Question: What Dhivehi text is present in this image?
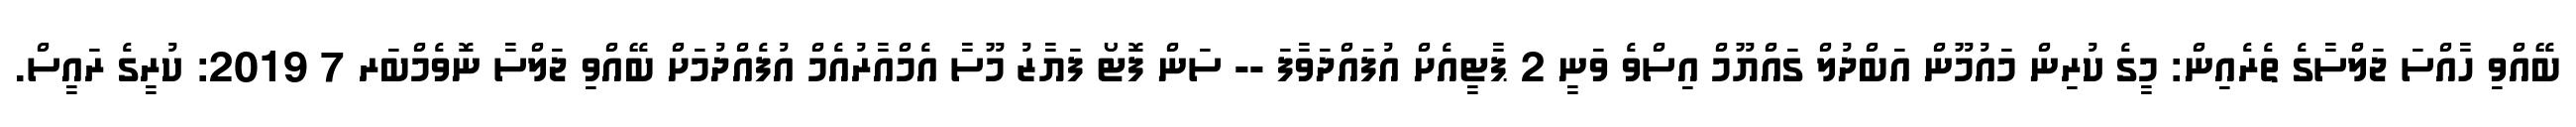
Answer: ބޭއްވި ހާއްސަ ޖަލްސާގެ ތެރެއިން: މީގެ ކުރިން މައުމޫން އަބްދުލް ގައްޔޫމް އިސްވެ ވަނީ 2 ޕާޓީއެށް އުފައްދަވާފަ -- ސަން ފޮޓޯ ފަޔާޒު މޫސާ އެމްއާރުއެމް އުފެއްދުމަށް ބޭއްވި ޖަލްސާ ނޮވެމްބަރ 7 2019: ކުރީގެ ރައީސް.